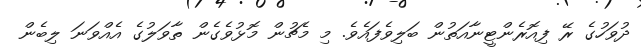
ދުވަހުގެ ރޭ ފިއޮރެންޓީނާއަތުން ބަލިވެފައެވެ. މި މެޗުން މޮޅުވެގެން ތާވަލުގެ އެއްވަނަ ލިބެން